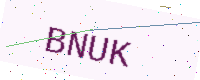
Text: BNUK